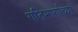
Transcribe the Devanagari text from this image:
गतिमार्गाच्या